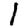
Digit: 1